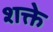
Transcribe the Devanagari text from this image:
शक्ते